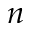
\boldsymbol { n }